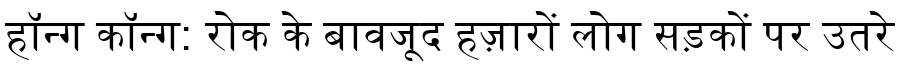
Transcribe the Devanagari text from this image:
हॉन्ग कॉन्ग: रोक के बावजूद हज़ारों लोग सड़कों पर उतरे